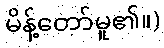
မိန့်တော်မူ၏။)